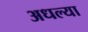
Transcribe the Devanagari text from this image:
अधल्या